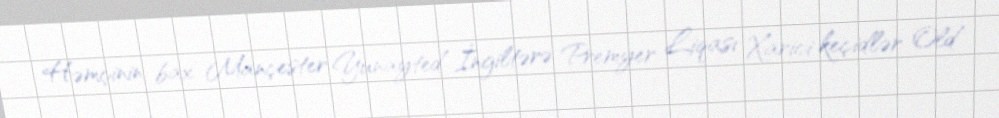
Həmçinin bax Mançester Yunayted İngiltərə Premyer Liqası Xarici keçidlər Old